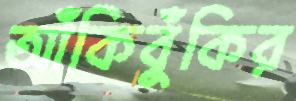
আঁকিবুঁকির